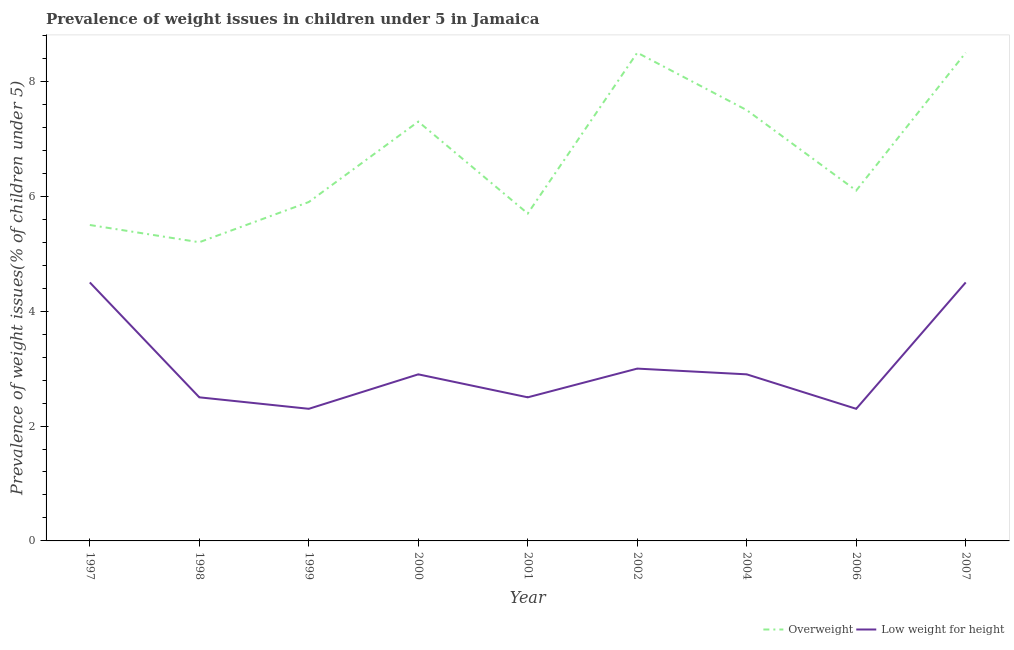
| Year | Overweight | Low weight for height |
 | --- | --- | --- |
 | 1997 | 5.5 | 4.5 |
 | 1998 | 5.2 | 2.5 |
 | 1999 | 5.9 | 2.3 |
 | 2000 | 7.3 | 2.9 |
 | 2001 | 5.7 | 2.5 |
 | 2002 | 8.5 | 3 |
 | 2004 | 7.5 | 2.9 |
 | 2006 | 6.1 | 2.3 |
 | 2007 | 8.5 | 4.5 |